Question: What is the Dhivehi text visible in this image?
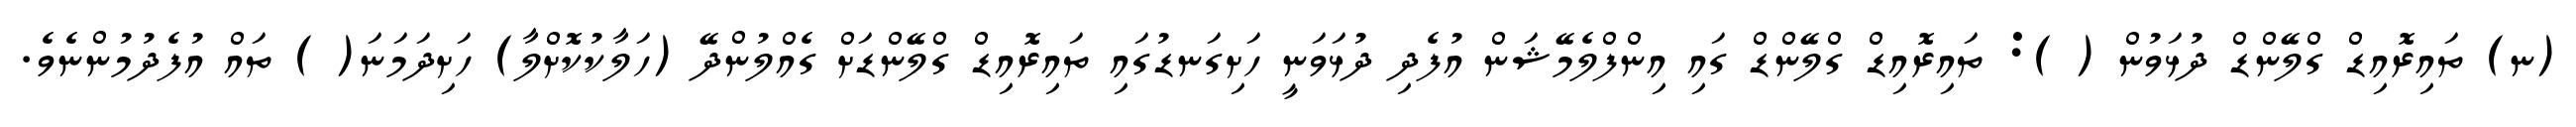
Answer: (ނ) ތައިރޮއިޑް ގްލޭންޑް ދުޅަވުން ( ): ތައިރޮއިޑް ގްލޭންޑް ގައި އިންފްލެމޭޝަން އުފެދި ދުޅަވަނީ ހަށިގަނޑުގައި ތައިރޮއިޑް ގްލޭންޑަށް ގެއްލުންދޭ (ހަލާކުކޮށްލާ) ހަށިދަމަނަ( ) ތައް އުފެދުމުންނެވެ.